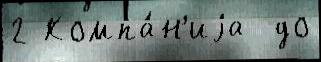
2 Компа́н'иjа  до